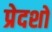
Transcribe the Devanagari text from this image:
प्रेदशों